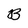
Character: B